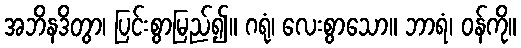
အဘိနဒိတွာ၊ ပြင်းစွာမြည်၍။ ဂရုံ၊ လေးစွာသော။ ဘာရံ၊ ဝန်ကို။